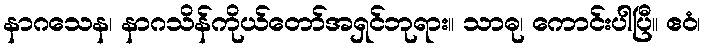
နာဂသေန၊ နာဂသိန်ကိုယ်တော်အရှင်ဘုရား။ သာဓု၊ ကောင်းပါပြီ။ ဧဝံ၊